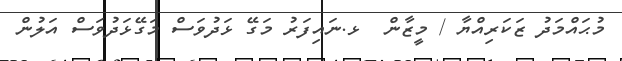
މުޙައްމަދު ޒަކަރިއްޔާ / މީޒާން  ޅ.ނައިފަރު މަގޭ ޅަދުވަސް މަގޭޅަދުވަސް އަލުން